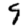
Digit: 9